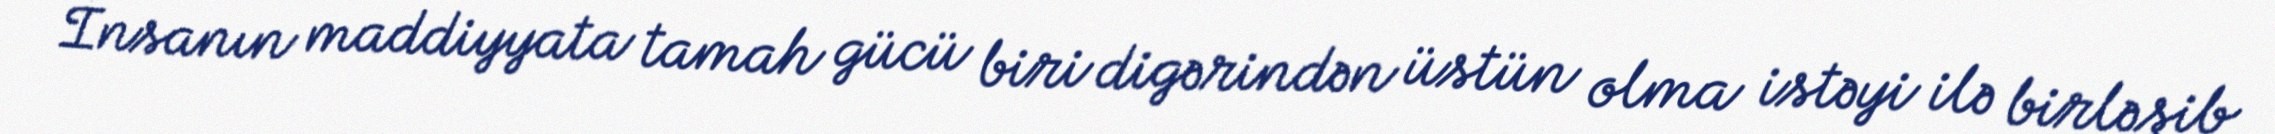
İnsanın maddiyyata tamah gücü biri digərindən üstün olma istəyi ilə birləşib